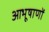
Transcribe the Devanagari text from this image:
आभूषाणों